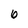
Character: 6